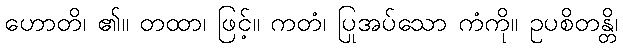
ဟောတိ၊ ၏။ တထာ၊ ဖြင့်။ ကတံ၊ ပြုအပ်သော ကံကို။ ဥပစိတန္တိ၊